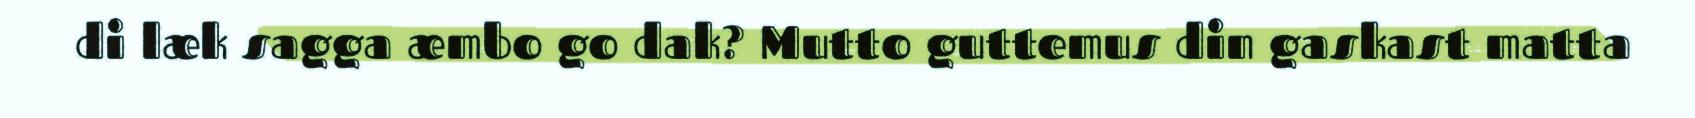
di læk sagga æmbo go dak? Mutto guttemus din gaskast matta